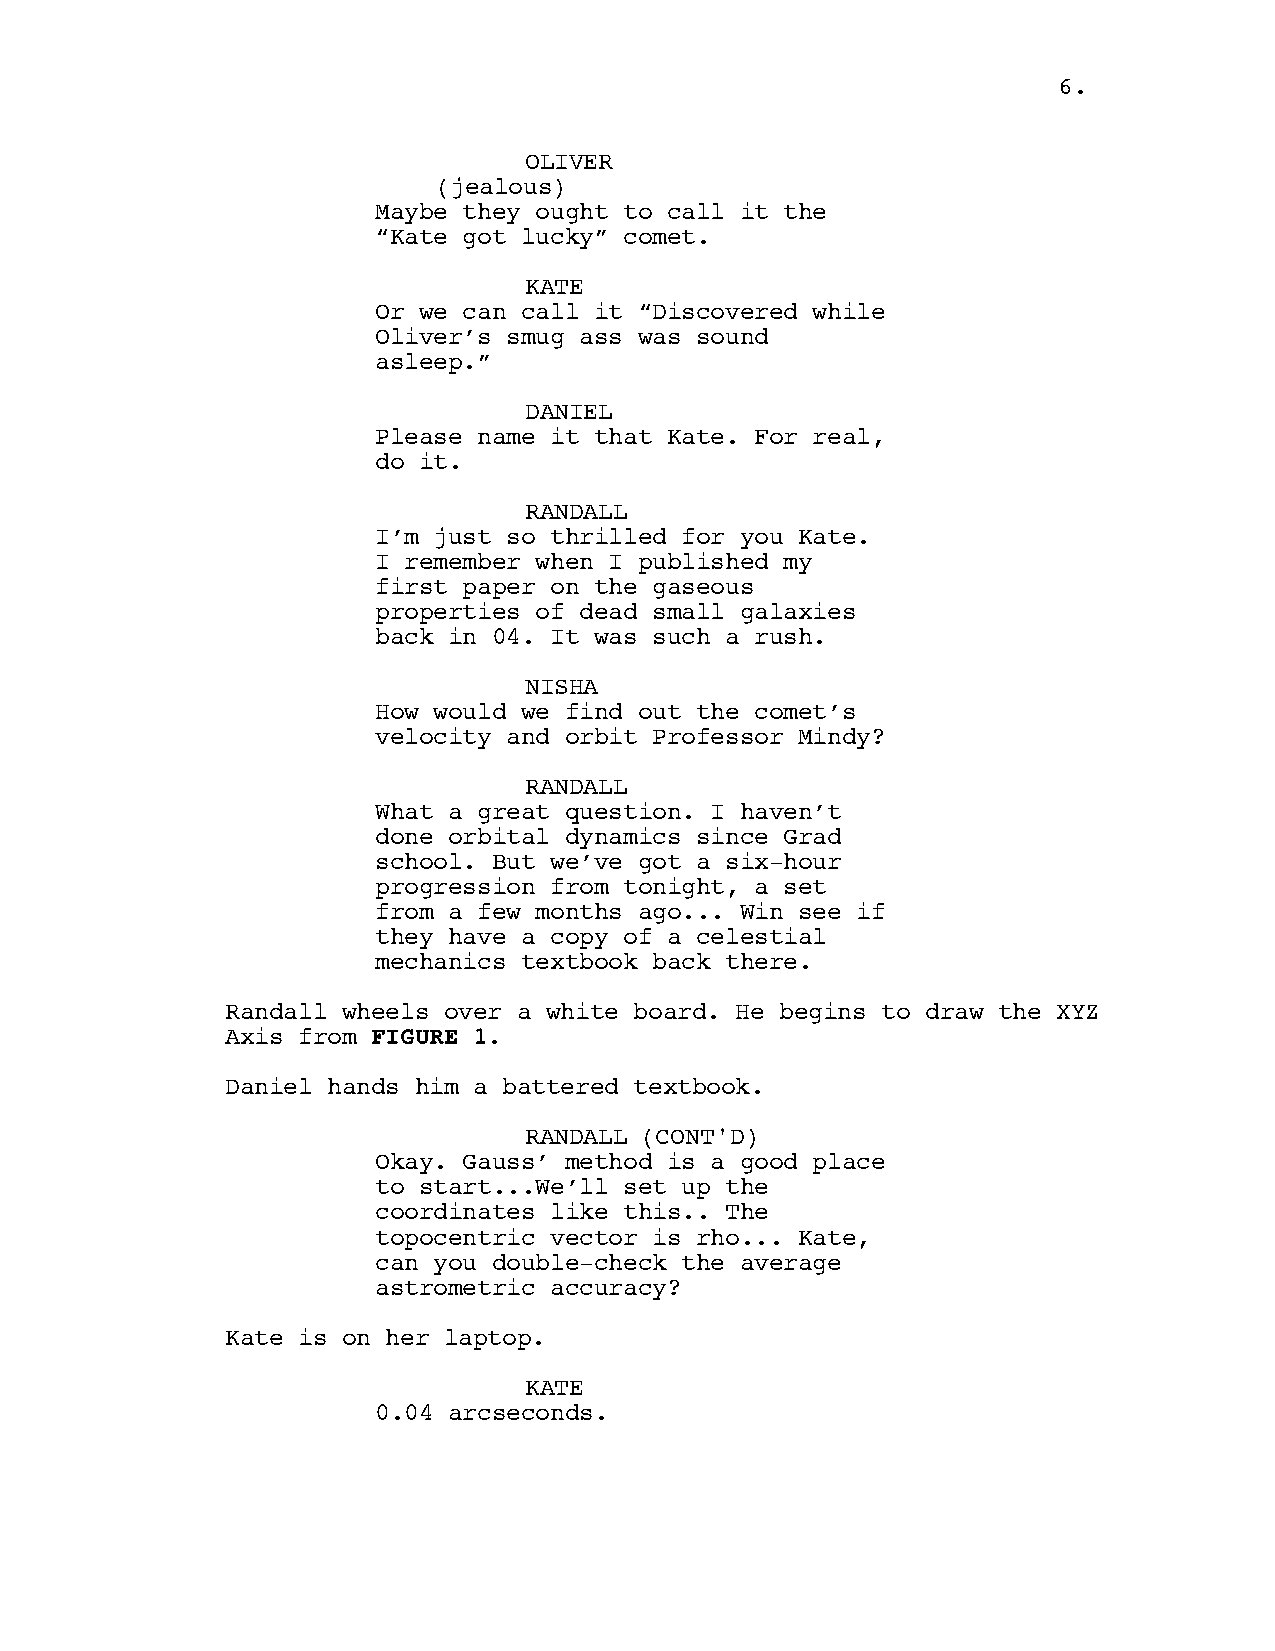
66..
 OLIVER
 (jealous)
 Maybe they ought to call it the
 “Kate got lucky” comet.
 KATE
 Or we can call it “Discovered while
 Oliver’s smug ass was sound
 asleep.”
 DANIEL
 Please name it that Kate. For real,
 do it.
 RANDALL
 I’m just so thrilled for you Kate.
 I remember when I published my
 first paper on the gaseous
 properties of dead small galaxies
 back in 04. It was such a rush.
 NISHA
 How would we find out the comet’s
 velocity and orbit Professor Mindy?
 RANDALL
 What a great question. I haven’t
 done orbital dynamics since Grad
 school. But we’ve got a six-hour
 progression from tonight, a set
 from a few months ago... Win see if
 they have a copy of a celestial
 mechanics textbook back there.
 Randall wheels over a white board. He begins to draw the XYZ
 Axis from FIGURE 1.
 Daniel hands him a battered textbook.
 RANDALL (CONT'D)
 Okay. Gauss’ method is a good place
 to start...We’ll set up the
 coordinates like this.. The
 topocentric vector is rho... Kate,
 can you double-check the average
 astrometric accuracy?
 Kate is on her laptop.
 KATE
 0.04 arcseconds.